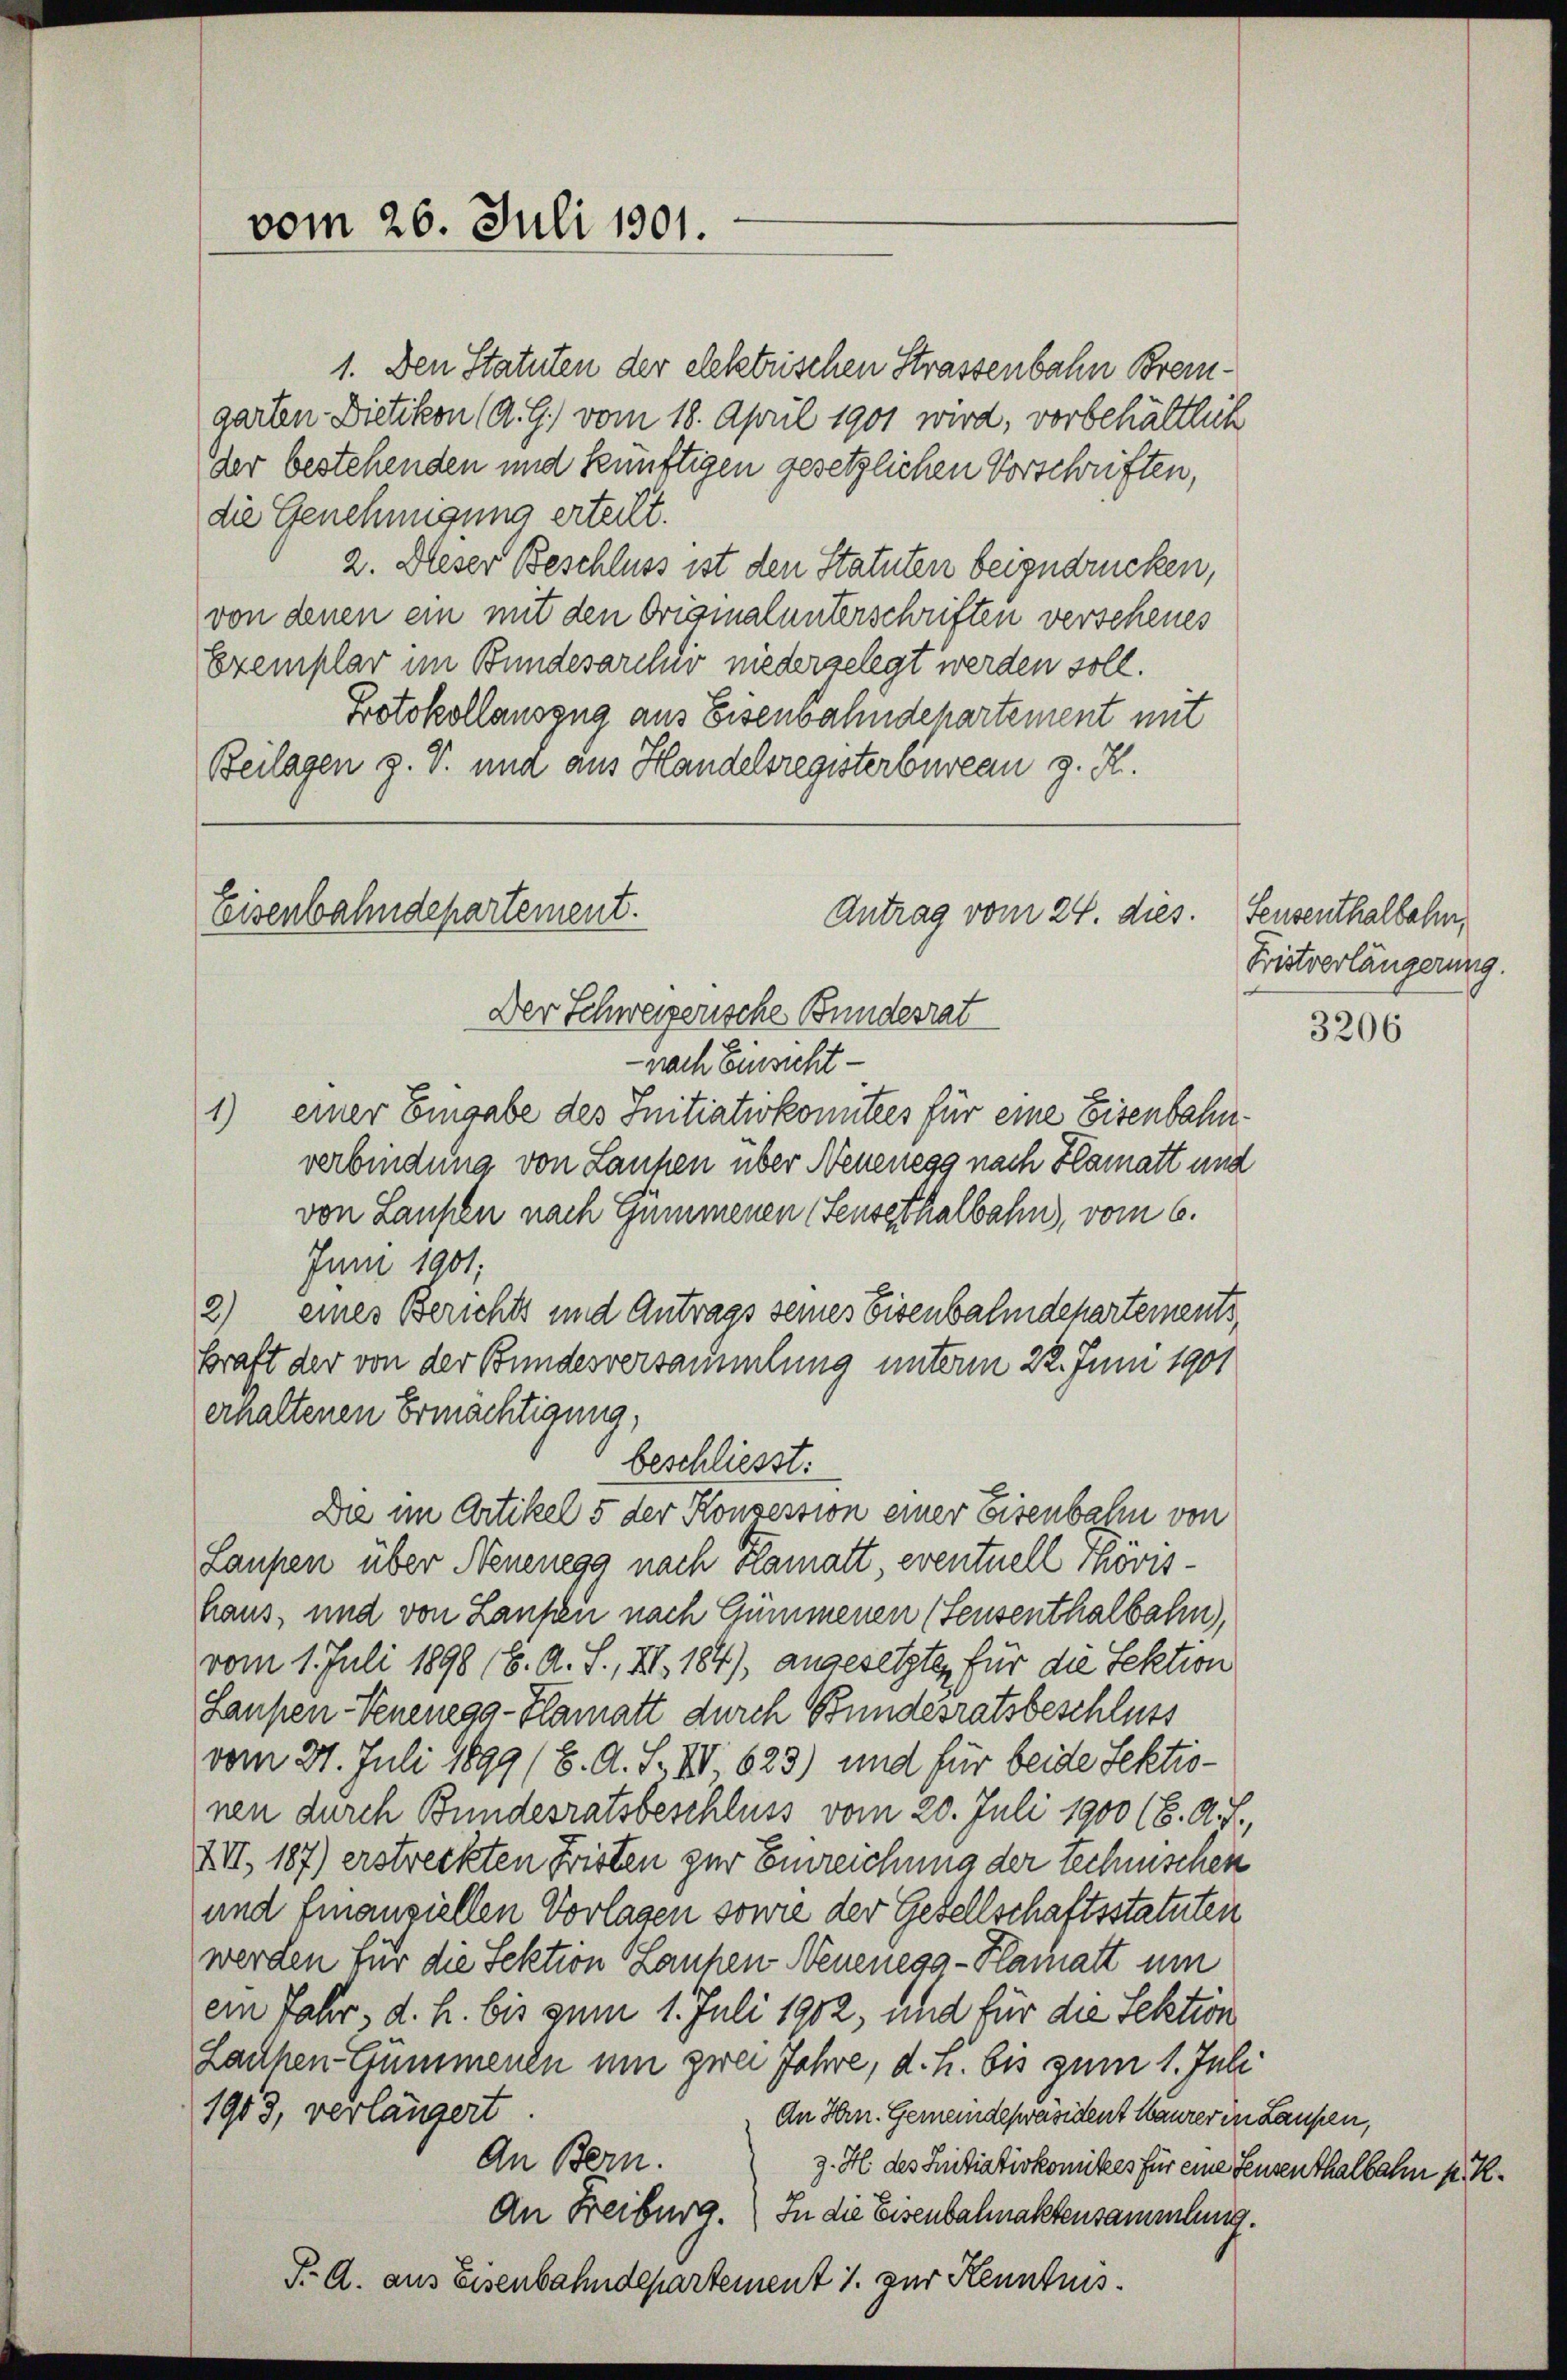
vom 26. Juli 1901.

1. Den Statuten der elektrischen Strassenbahn Bremgarten Dietikon (A. G.) vom 18. April 1901 wird, vorbehältlich
der bestehenden und künftigen gesetzlichen Vorschriften,
die Genehmigung erteilt.
2. Dieser Beschluss ist den Statuten beizudrücken,
von denen ein mit den Originalunterschriften verscheues
Exemplar im Bundesarchiv niedergelegt werden soll.
Protokollauszug aus Eisenbahndepartement mit
Beilagen z. V. und aus Handelsregisterbureau z. R.

Eisenbahndepartement.
Antrag vom 24. dies. Feusenthalbahn,

Der Schweizerische Bundesrat
- nach Einsicht
einer Eingabe des Initiativkomitees für eine Eisenbahn¬
1)
verbindung von Laupen über Neuenegg nach Hamatt und
von Laufen nach Gummenen Feusethalbahn, vom 6.
Juni 1901;
2) eines Berichts und Antrags seines Eisenbalmdchartements,
kraft der von der Bundesversammlung unterm 22. Juni 1901
erhaltenen Ermächtigung,
beschliesst:
Die im Artikel 5 der Konsession einer Eisenbahn von
Laupen über Neuenegg nach Kamatt, eventuell Thorishaus, und von Laufen nach Gummenen (Seusenthalbahn,
vom 1. Juli 1898 (6. A. S., XI. 184) angesetzte, für die Sektion
Laupen-Venenega-Plamatt durch Bundesratsbeschluss
vom 21. Juli 1899 (6. A. F. III 623) und für beide Sektionen durch Bundesratsbeschluss vom 20. Juli 1900 (6. A. F.,
XII, 187) erstreckten Fristen zur Einreichung der technischen
und finanziellen Vorlagen sowie der Gesellschaftsstatuten
werden für die Sektion Laupen Neuenega-Klaratt um
ein Jahr, d. h. bis zum 1. Juli 1902, und für die Sektion
Lauhen Gummenen um zwei Jahre, d. h. bis zum 1. Juli
1913, verlängert.
An Hrn. Gemeindepräsident Maurer in Laupen,
An Bern.
z. H. des Initiativkomites für eine Feusenthalbahn p. K.
In die Eisenbahnaktensammlung.
An Freiburg.
F. A. aus Eisenbahndepartement 1. zur Kenntnis

Fristverlängerung.

3206